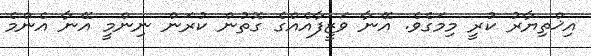
އިޚްތިޔާރު ކުރީ މިމަގެވެ. އޭނާ ވަޒީފާއެއްގެ ގޮތުން ކުރަން ނިންމީ އޭނާ އެންމެ